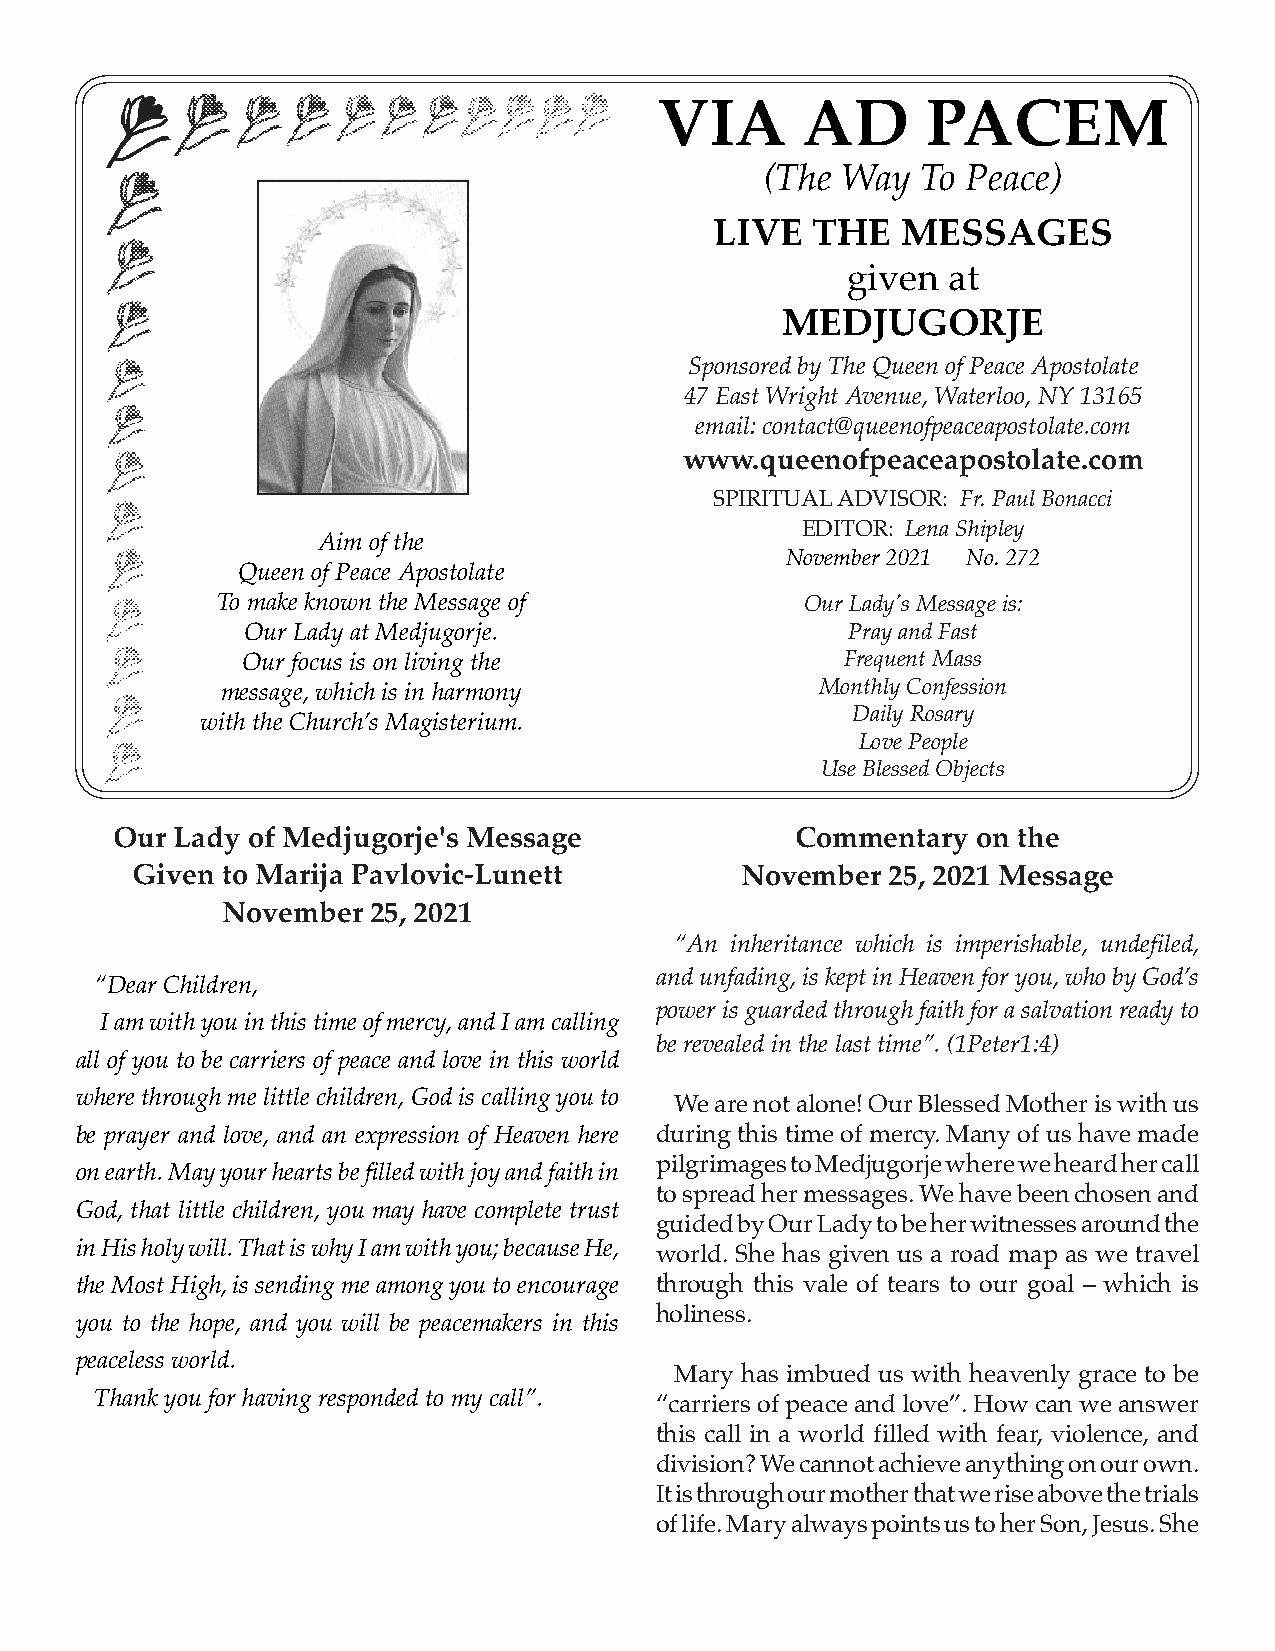
VIA       AD      PACEM
 (The Way  To Peace)
 LIVE   THE   MESSAGES
 given  at
 MEDJUGORJE
 Sponsored by The Queen of Peace Apostolate
 47 East Wright Avenue, Waterloo, NY 13165
 email: contact@queenofpeaceapostolate.com
 www.queenofpeaceapostolate.com
 SPIRITUAL ADVISOR: Fr. Paul Bonacci
 EDITOR: Lena Shipley
 Aim of the
 November 2021 No. 272
 Queen of Peace Apostolate
 To make known the Message of           Our Lady's Message is:
 Our Lady at Medjugorje.                 Pray and Fast
 Our focus is on living the              Frequent Mass
 message, which is in harmony           Monthly Confession
 Daily Rosary
 with the Church’s Magisterium.
 Love People
 Use Blessed Objects
 Our  Lady of Medjugorje's Message             Commentary  on the
 Given to Marija Pavlovic-Lunett         November  25, 2021 Message
 November  25, 2021
 “An inheritance which is imperishable, undefiled,
 and unfading, is kept in Heaven for you, who by God’s
 “Dear Children,
 power is guarded through faith for a salvation ready to
 I am with you in this time of mercy, and I am calling
 be revealed in the last time”. (1Peter1:4)
 all of you to be carriers of peace and love in this world
 where through me little children, God is calling you to
 We are not alone! Our Blessed Mother is with us
 be prayer and love, and an expression of Heaven here during this time of mercy. Many of us have made
 pilgrimages to Medjugorje where we heard her call
 on earth. May your hearts be filled with joy and faith in
 to spread her messages. We have been chosen and
 God, that little children, you may have complete trust
 guided by Our Lady to be her witnesses around the
 in His holy will. That is why I am with you; because He,
 world. She has given us a road map as we travel
 the Most High, is sending me among you to encourage through this vale of tears to our goal – which is
 holiness.
 you to the hope, and you will be peacemakers in this
 peaceless world.
 Mary has imbued us with heavenly grace to be
 Thank you for having responded to my call”.
 “carriers of peace and love”. How can we answer
 this call in a world filled with fear, violence, and
 division? We cannot achieve anything on our own.
 It is through our mother that we rise above the trials
 of life. Mary always points us to her Son, Jesus. She